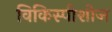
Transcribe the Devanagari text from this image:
विकिस्पीशीज